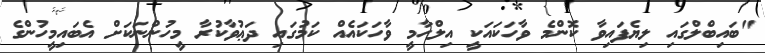
"ބައިބްލްގައި ލިޔެފައިވާ ކޮންމެ ވާހަކައަކީ އިލްހާމީ ވާހަކައެއް ކަމުގައި ދަޢުވާކުރާ މީހުންނަކަށް އެބައިމީހުންގެ